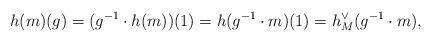
LaTeX: \begin{align*}h(m)(g)= (g^{-1}\cdot h(m))(1)=h(g^{-1}\cdot m)(1)=h^\vee_M(g^{-1}\cdot m),\end{align*}